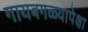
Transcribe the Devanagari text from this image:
गायबगळ्यापेक्षा